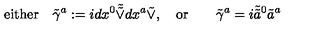
\mathrm { e i t h e r } \quad \tilde { \gamma } ^ { a } : = i d x ^ { 0 } \tilde { \tilde { \vee } } d x ^ { a } \tilde { \vee } , \quad \mathrm { o r } \qquad \tilde { \gamma } ^ { a } = i \tilde { \tilde { a } } { } ^ { 0 } \tilde { a } ^ { a }